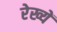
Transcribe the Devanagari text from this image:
रेख्यें